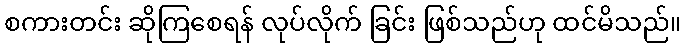
စကားတင်း ဆိုကြစေရန် လုပ်လိုက် ခြင်း ဖြစ်သည်ဟု ထင်မိသည်။